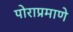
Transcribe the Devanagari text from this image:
पोराप्रमाणे